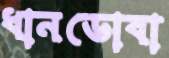
ধানডোবা